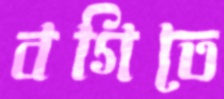
বগিতে